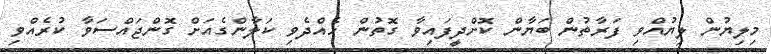
މިލިޔުން ލިޔުއްވި ފަރާތުން ބަޔާން ކޮށްދީފައިވާ ގޮތުން ހެއްދެވި ކަލާންގެއަށް ގޮންޖައްސަވާ ކުރެއްވި